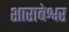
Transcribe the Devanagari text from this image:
शाराबेश्वर